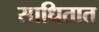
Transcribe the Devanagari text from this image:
साधितात